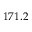
1 7 1 . 2